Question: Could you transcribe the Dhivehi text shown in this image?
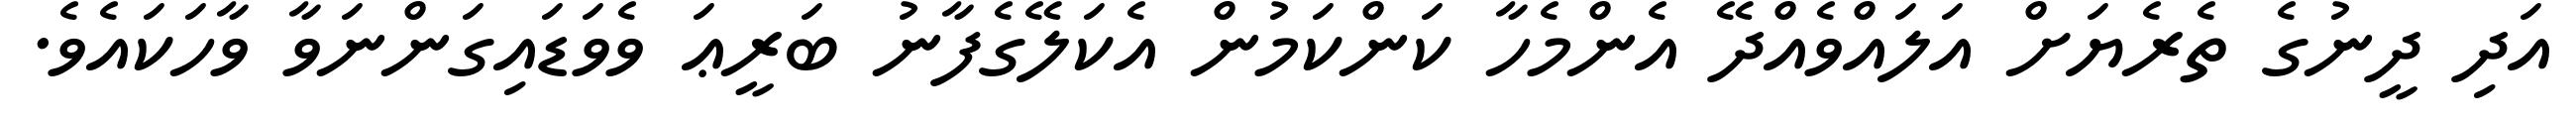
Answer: އަދި ދީނުގެ ތެރެޔަށް އަލައްވެއްދޭ އެންމެހާ ކަންކަމުން އެކަލޭގެފާނު ބަރީޢަ ވެވަޑައިގަންނަވާ ވާހަކައެވެ.